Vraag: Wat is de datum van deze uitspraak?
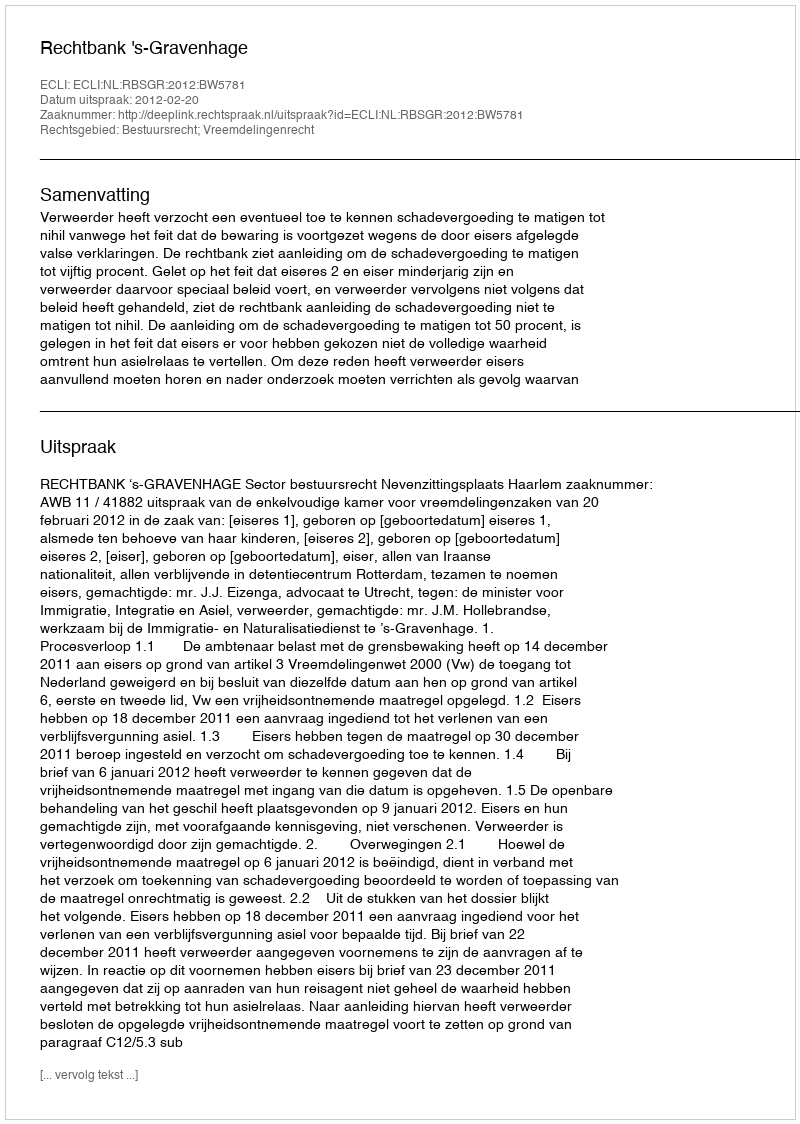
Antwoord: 2012-02-20